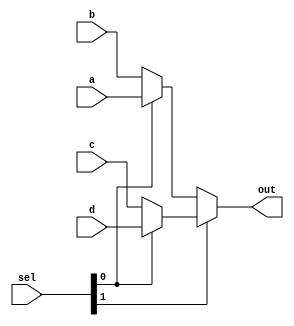
`timescale 1ns / 1ps
//////////////////////////////////////////////////////////////////////////////////
// Company: NSYSU
// 
// Design Name: 
// Module Name: mux4to1
// Project Name: 
// Target Devices: 
// Tool Versions: 
// Description: 
// 
// Dependencies: 
// 
// Revision:
// Revision 0.01 - File Created
// Additional Comments:
// 
//////////////////////////////////////////////////////////////////////////////////


module mux4to1(
a,b,c,d,sel,out
    );
    input [1:0] sel;
    input [3:0] a,b,c,d;
    output [3:0] out;
    assign out = sel[1] ? (sel[0] ? d : c ):
                          (sel[0] ? a : b );
endmodule